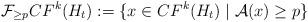
LaTeX: \begin{align*}\mathcal{F}_{\geq p} CF^{k}(H_{t}):= \lbrace x\in CF^{k}(H_{t})\mid \mathcal{A}(x)\geq p\rbrace\end{align*}